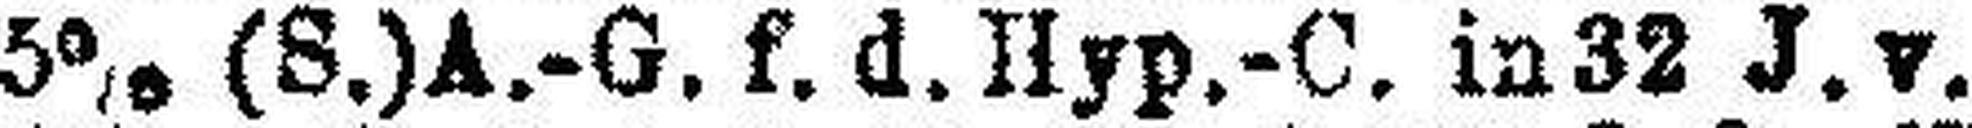
5% (S.) A.-G. f. d. Hyp.-C. in 32 J. v.